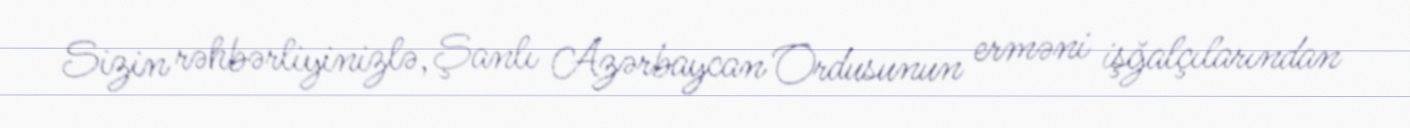
Sizin rəhbərliyinizlə, Şanlı Azərbaycan Ordusunun erməni işğalçılarından